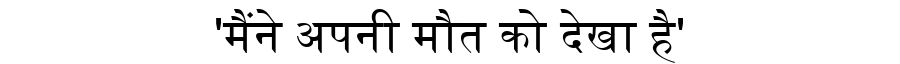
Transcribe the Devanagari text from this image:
'मैंने अपनी मौत को देखा है'